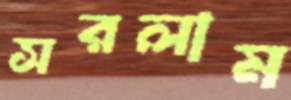
সরলাম